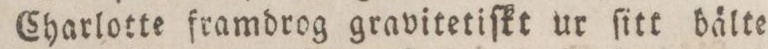
Charlotte framdrog gravitetiſkt ur ſitt bälte